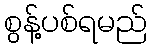
စွန့်ပစ်ရမည်